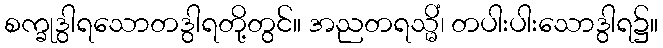
စက္ခုဒွါရသောတဒွါရတို့တွင်။ အညတရသ္မိံ၊ တပါးပါးသောဒွါရ၌။